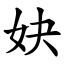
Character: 妜